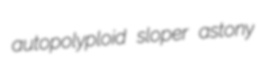
autopolyploid sloper astony